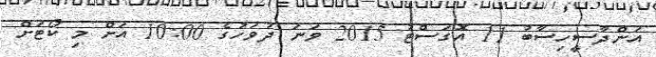
އަންދާސީހިސާބު 11 އޮގަސްޓު 2015 ވަނަ ދުވަހުގެ 10:00 އަށް މި ކޯޓަށް